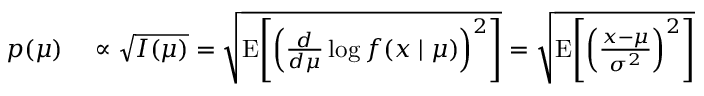
\begin{array} { r l } { p ( \mu ) } & { { } \propto { \sqrt { I ( \mu ) } } = { \sqrt { \operatorname { E } \! \left[ \left( { \frac { d } { d \mu } } \log f ( x \mid \mu ) \right) ^ { 2 } \right] } } = { \sqrt { \operatorname { E } \! \left[ \left( { \frac { x - \mu } { \sigma ^ { 2 } } } \right) ^ { 2 } \right] } } } \end{array}